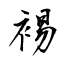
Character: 裼